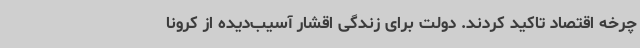
چرخه اقتصاد تاکید کردند. دولت برای زندگی اقشار آسیب‌دیده از کرونا